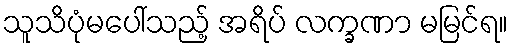
သူသိပုံမပေါ်သည့် အရိပ် လက္ခဏာ မမြင်ရ။